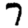
Digit: 7